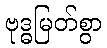
ဗုဒ္ဓမြတ်စွာ